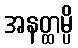
အနတ္ထမ္ပိ